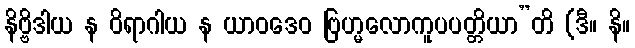
နိဗ္ဗိဒါယ န ဝိရာဂါယ န ယာဝဒေဝ ဗြဟ္မလောကူပပတ္တိယာ”တိ (ဒီ။ နိ။